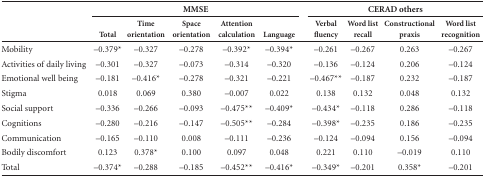
<table><thead><tr><td rowspan="2"><b> </b></td><td colspan="5"><b>MMSE</b></td><td rowspan="2"><b> </b></td><td colspan="4"><b>CERAD others</b></td></tr><tr><td><b>Total</b></td><td><b>Time orientation</b></td><td><b>Space orientation</b></td><td><b>Attention calculation</b></td><td><b>Language</b></td><td><b>Verbal fluency</b></td><td><b>Word list recall</b></td><td><b>Constructional praxis</b></td><td><b>Word list recognition</b></td></tr></thead><tbody><tr><td>Mobility</td><td>-0.379*</td><td>-0.327</td><td>-0.278</td><td>-0.392*</td><td>-0.394*</td><td> </td><td>-0.261</td><td>-0.267</td><td>0.263</td><td>-0.267</td></tr><tr><td>Activities of daily living</td><td>-0.301</td><td>-0.327</td><td>-0.073</td><td>-0.314</td><td>-0.320</td><td> </td><td>-0.136</td><td>-0.124</td><td>0.206</td><td>-0.124</td></tr><tr><td>Emotional well being</td><td>-0.181</td><td>-0.416*</td><td>-0.278</td><td>-0.321</td><td>-0.221</td><td> </td><td>-0.467**</td><td>-0.187</td><td>0.232</td><td>-0.187</td></tr><tr><td>Stigma</td><td>0.018</td><td>0.069</td><td>0.380</td><td>-0.007</td><td>0.022</td><td> </td><td>0.138</td><td>0.132</td><td>0.048</td><td>0.132</td></tr><tr><td>Social support</td><td>-0.336</td><td>-0.266</td><td>-0.093</td><td>-0.475**</td><td>-0.409*</td><td> </td><td>-0.434*</td><td>-0.118</td><td>0.286</td><td>-0.118</td></tr><tr><td>Cognitions</td><td>-0.280</td><td>-0.216</td><td>-0.147</td><td>-0.505**</td><td>-0.284</td><td> </td><td>-0.398*</td><td>-0.235</td><td>0.186</td><td>-0.235</td></tr><tr><td>Communication</td><td>-0.165</td><td>-0.110</td><td>0.008</td><td>-0.111</td><td>-0.236</td><td> </td><td>-0.124</td><td>-0.094</td><td>0.156</td><td>-0.094</td></tr><tr><td>Bodily discomfort</td><td>0.123</td><td>0.378*</td><td>0.100</td><td>0.097</td><td>0.048</td><td> </td><td>0.221</td><td>0.110</td><td>-0.019</td><td>0.110</td></tr><tr><td>Total</td><td>-0.374*</td><td>-0.288</td><td>-0.185</td><td>-0.452**</td><td>-0.416*</td><td> </td><td>-0.349*</td><td>-0.201</td><td>0.358*</td><td>-0.201</td></tr></tbody></table>